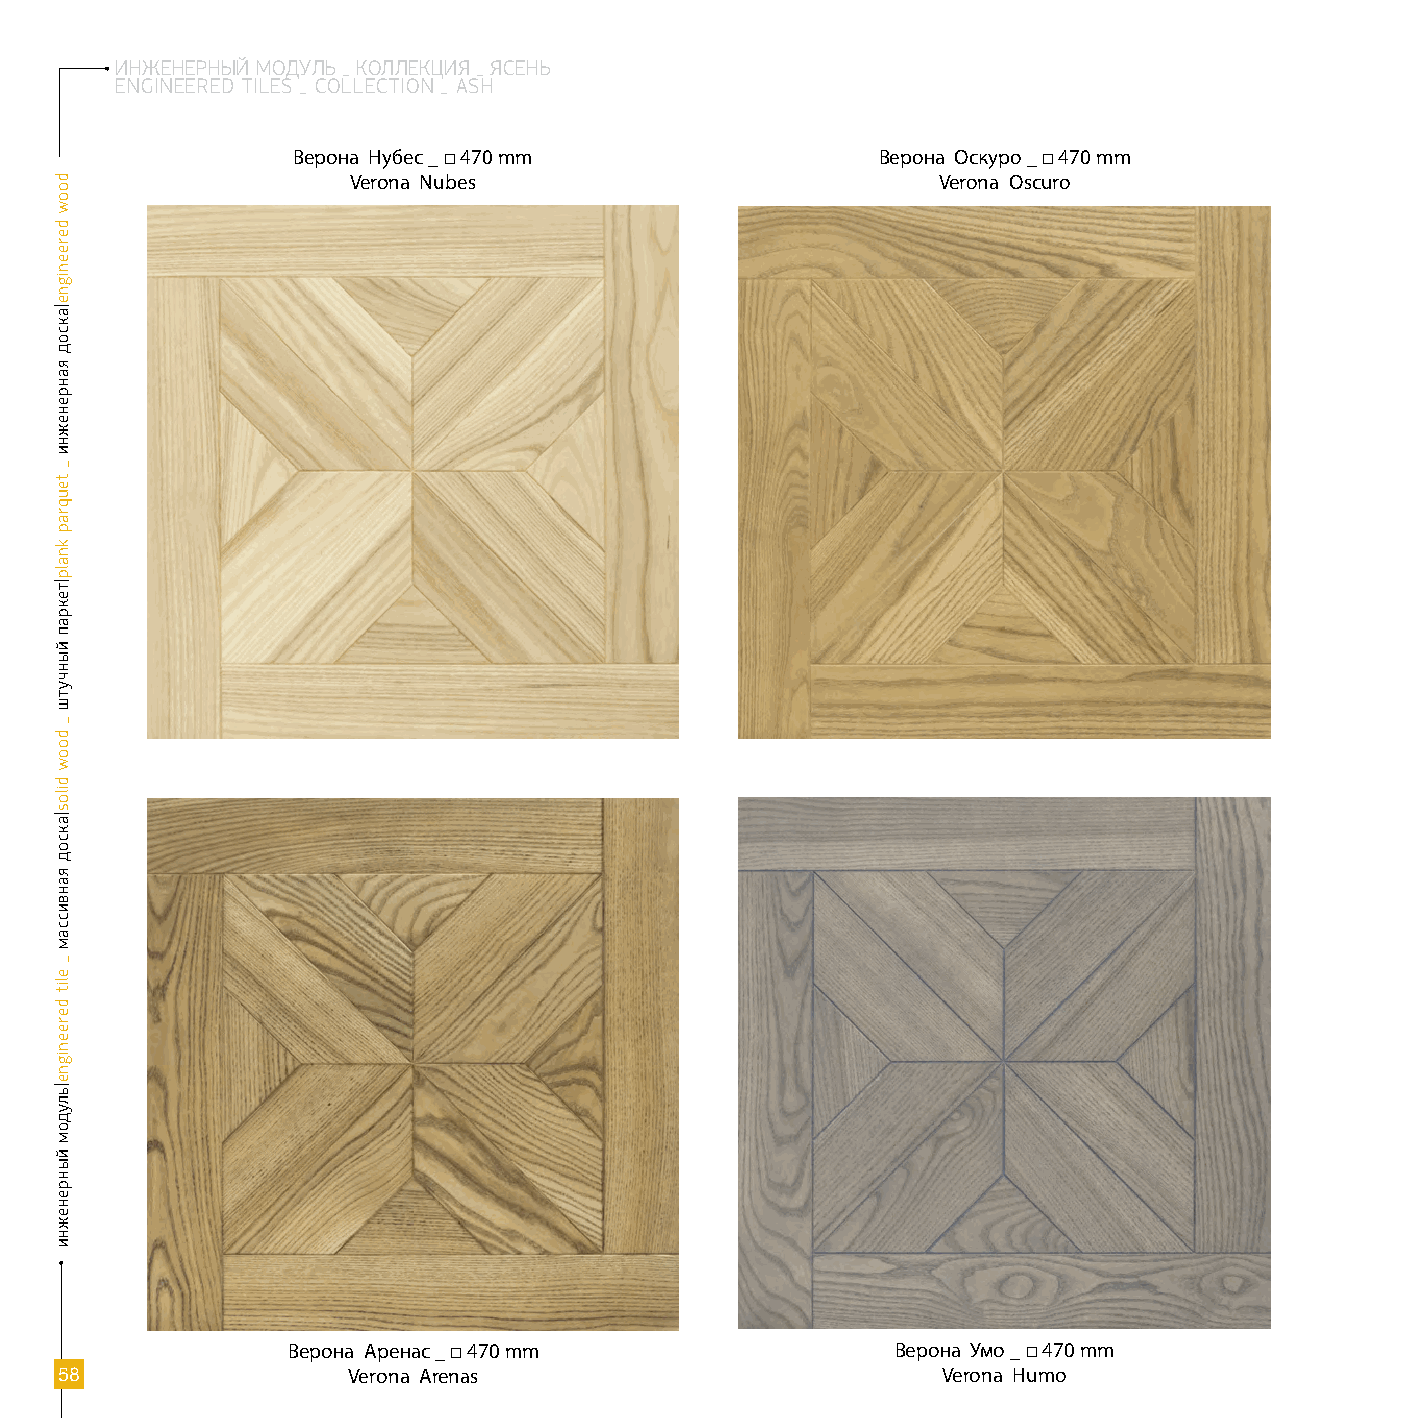
ИНЖЕНЕРНЫЙ МОДУЛЬ _ КОЛЛЕКЦИЯ _ ЯСЕНЬ
 EnGinEERED TilE s _ CollECTion _ AsH
 Верона Нубес _ □ 470 mm                Верона Оскуро _ □ 470 mm
 Verona Nubes                           Verona Oscuro
 Верона Аренас _ □ 470 mm                Верона Умо _ □ 470 mm
 58                 Verona arenas                          Verona Humo
 doow
 dereenigne|аксод
 яанренежни
 _
 teuqrap
 knalp|текрап
 йынчутш
 _
 doow
 dilos|аксод
 яанвиссам
 _
 elit
 dereenigne|ьлудом
 йынренежни